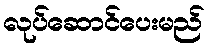
လုပ်ဆောင်ပေးမည်